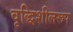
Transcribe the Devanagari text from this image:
वृद्धिशीलरूप